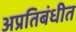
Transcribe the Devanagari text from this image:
अप्रतिबंधीत